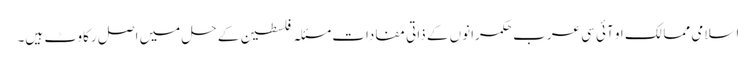
اسلامی ممالک او آئی سی عرب حکمرانوں کے ذاتی مفادات مسئلہ فلسطین کے حل میں اصل رکاوٹ ہیں۔